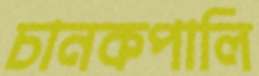
চানকপালি